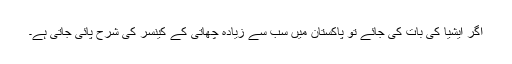
اگر ایشیا کی بات کی جائے تو پاکستان میں سب سے زیادہ چھاتی کے کینسر کی شرح پائی جاتی ہے۔